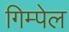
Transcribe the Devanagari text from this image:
गिम्पेल